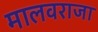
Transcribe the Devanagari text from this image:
मालवराजा